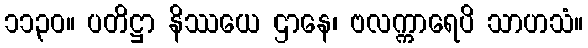
၁၁၃၀။ ပတိဋ္ဌာ နိဿယေ ဌာနေ၊ ဗလက္ကာရေပိ သာဟသံ။